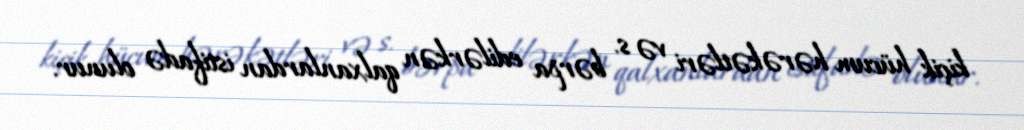
kiçik hücum hərəkətləri və s. bərpa edilərkən qalxanlardan istifadə olunur.